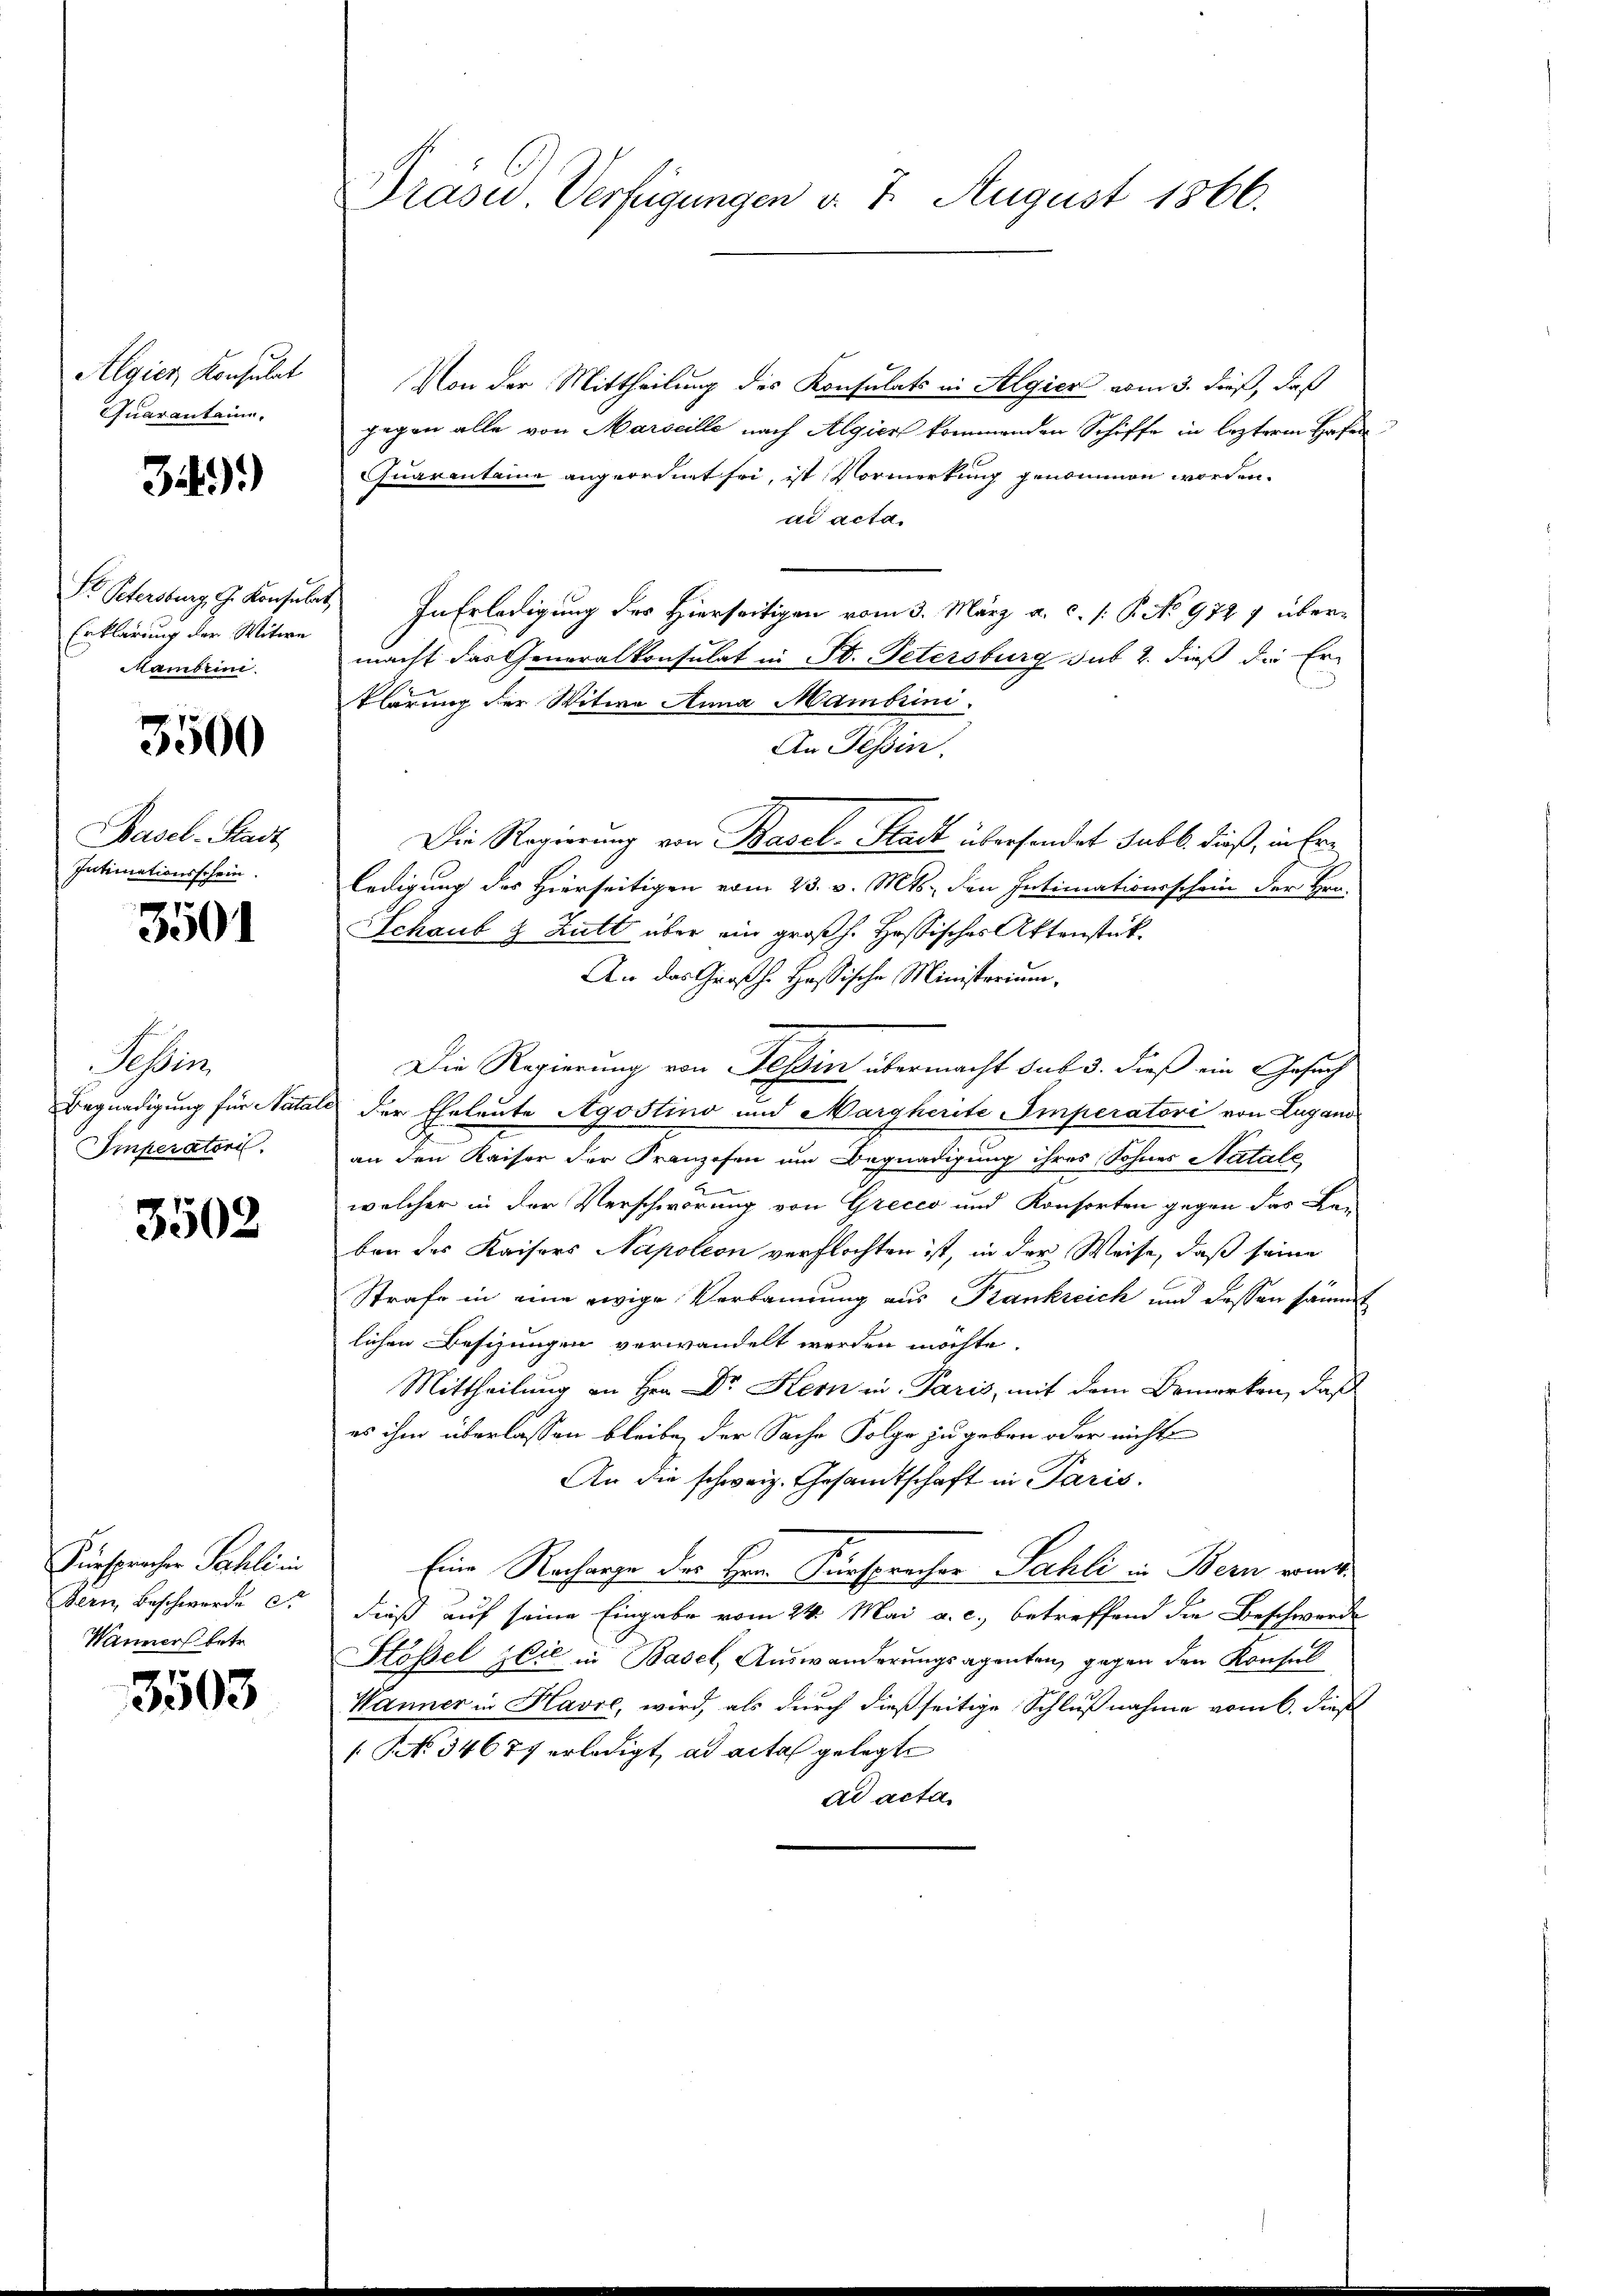
Algier Konsulat
Quarantain.

34)

Dr. Petersburg, G. Konsuls.
Erklärung der Witwe
Mambrini.

3500

Basel-Stadt
Intimationsschein.

3501

Sehen
Emperatoris.

3502

Fürspracher Sahli in
Bern, Beschwerde et
Wanners betr.

3503

Präsid.. Verfügungen v. 7. August 1866.

Von der Mittheilung des Konsulats in Algier vom 3. dieß, daß
gegen alle von Marseille nach Algien kommenden Schiffe in leztere Hafen
Quarantine angeordnet sei, ist Vormerkung genommen worden.
ad acta.
2) In Erledigung des Hierseitigen vom 3. März a. c. /: P. No 9747 übermacht das Generalkonsulat in St. Petersburg sub 2. dieß die Erklärung der Witwe Anna Mambrini.
An Tessin.
Die Regierung von Basel-Stadt übersondert sub b. dieß, in Erledigung des Hierseitigen vom 23. v. Mts., den Intimationsschein der Hrn.
Schaub & Zutt über ein großh. Hassisches Aktenstück
An das Großh. Hassische Ministerium,
Die Regierung von Tessin übermacht sub 3. dieß ein Gesuch
Begnadigung für Natale der Eheleute Agostino und Margherite Imperatori von Lugano
an den Kaiser der Franzosen um Begnadigung ihres Sohnes Natale
un
welcher in der Verschwörung von Greces und Konsorten gegen das Re-
ben des Kaisers Napoleon verflochten ist, in der Weise, daß seine
Strafe in eine ewige Verbannung aus Krankreich und dessen sämmt
lichen Besizungen verwandelt werden möchte.
Mittheilung an Hrn. Dr Kern in Paris, mit dem Bemerken, daß
es ihm überlassen bleibe der Sache Folge zu geben oder nicht
An die schweiz. Gesamtschaft in Paris.
Eine Racharge der Herr Fürsprecher Sachli in Bern von
dieß auf seine Eingabe vom 24. Mai a. c., betreffend die Beschwerde
Hösel Zeit in Basel, Auswanderungsagenten, gegen den Konsul
Wanner in Havre, wird, als durch dießseitige Schlußnahme vom 6. dieß
( No 34677 erledigt, ad acta gelegt
ad acta